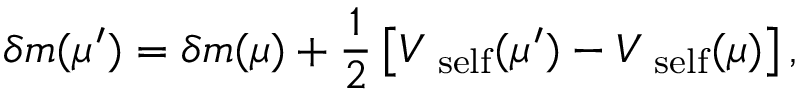
\delta m ( \mu ^ { \prime } ) = \delta m ( \mu ) + \frac { 1 } { 2 } \left[ V _ { \mathrm { \scriptsize ~ s e l f } } ( \mu ^ { \prime } ) - V _ { \mathrm { \scriptsize ~ s e l f } } ( \mu ) \right] ,